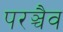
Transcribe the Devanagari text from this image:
परञ्चैव